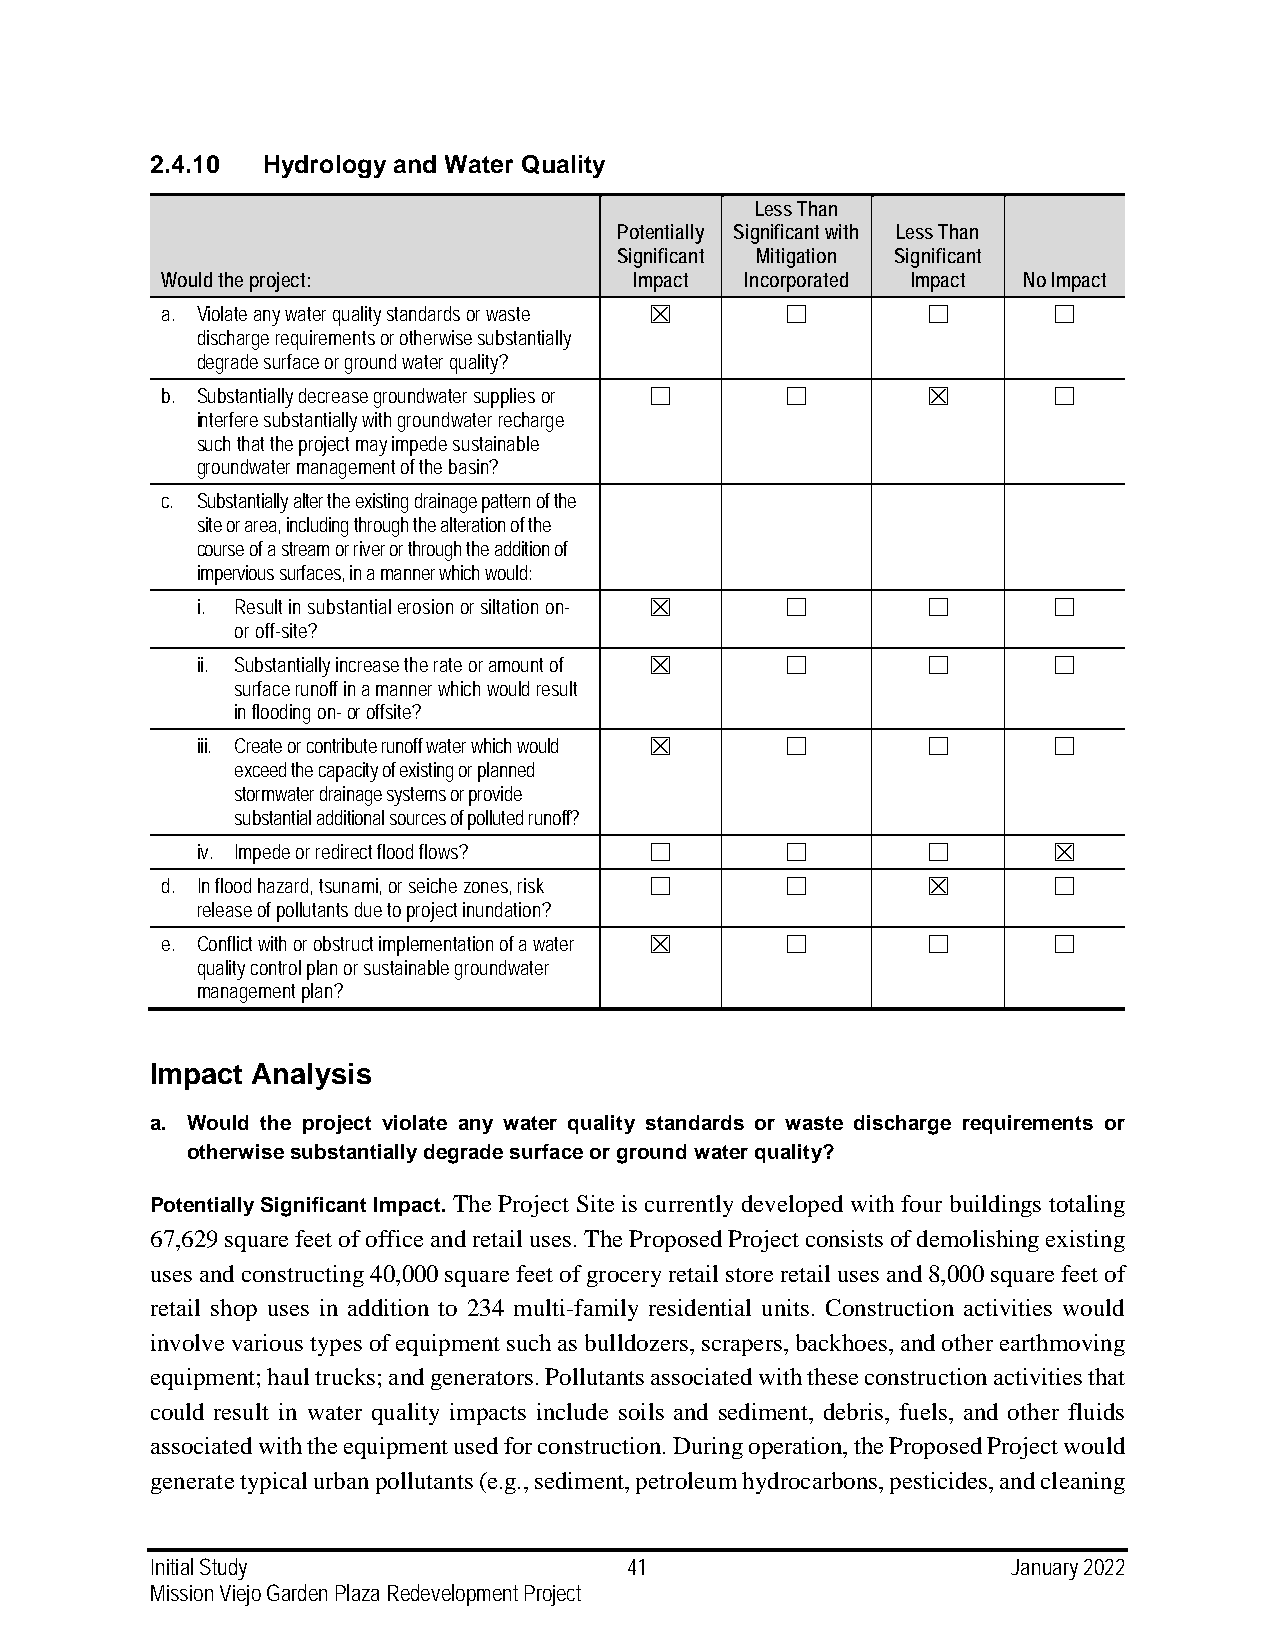
2.4.10 Hydrology and Water Quality
 Less Than
 Potentially Significant with Less Than
 Significant Mitigation Significant
 Would the project:             Impact Incorporated Impact No Impact
 a. Violate any water quality standards or waste ☒ ☐ ☐      ☐
 discharge requirements or otherwise substantially
 degrade surface or ground water quality?
 b. Substantially decrease groundwater supplies or ☐ ☐ ☒    ☐
 interfere substantially with groundwater recharge
 such that the project may impede sustainable
 groundwater management of the basin?
 c. Substantially alter the existing drainage pattern of the
 site or area, including through the alteration of the
 course of a stream or river or through the addition of
 impervious surfaces, in a manner which would:
 i. Result in substantial erosion or siltation on- ☒ ☐ ☐  ☐
 or off-site?
 ii. Substantially increase the rate or amount of ☒ ☐ ☐   ☐
 surface runoff in a manner which would result
 in flooding on- or offsite?
 iii. Create or contribute runoff water which would ☒ ☐ ☐ ☐
 exceed the capacity of existing or planned
 stormwater drainage systems or provide
 substantial additional sources of polluted runoff?
 iv. Impede or redirect flood flows? ☐  ☐        ☐        ☒
 d. In flood hazard, tsunami, or seiche zones, risk ☐ ☐ ☒   ☐
 release of pollutants due to project inundation?
 e. Conflict with or obstruct implementation of a water ☒ ☐ ☐ ☐
 quality control plan or sustainable groundwater
 management plan?
 Impact Analysis
 a. Would the project violate any water quality standards or waste discharge requirements or
 otherwise substantially degrade surface or ground water quality?
 Potentially Significant Impact. The Project Site is currently developed with four buildings totaling
 67,629 square feet of office and retail uses. The Proposed Project consists of demolishing existing
 uses and constructing 40,000 square feet of grocery retail store retail uses and 8,000 square feet of
 retail shop uses in addition to 234 multi-family residential units. Construction activities would
 involve various types of equipment such as bulldozers, scrapers, backhoes, and other earthmoving
 equipment; haul trucks; and generators. Pollutants associated with these construction activities that
 could result in water quality impacts include soils and sediment, debris, fuels, and other fluids
 associated with the equipment used for construction. During operation, the Proposed Project would
 generate typical urban pollutants (e.g., sediment, petroleum hydrocarbons, pesticides, and cleaning
 Initial Study                   41                       January 2022
 Mission Viejo Garden Plaza Redevelopment Project